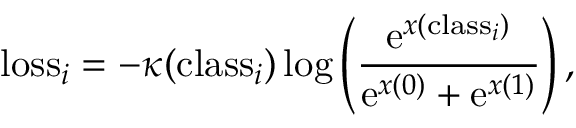
\mathrm { l o s s } _ { i } = - \kappa ( \mathrm { c l a s s } _ { i } ) \log \left( \frac { \mathrm { e } ^ { x ( \mathrm { c l a s s } _ { i } ) } } { \mathrm { e } ^ { x ( 0 ) } + \mathrm { e } ^ { x ( 1 ) } } \right) ,